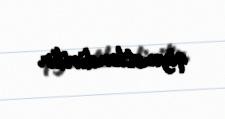
qiymətləndirilir.